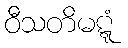
ဝီသတိမဋ္ဋံ